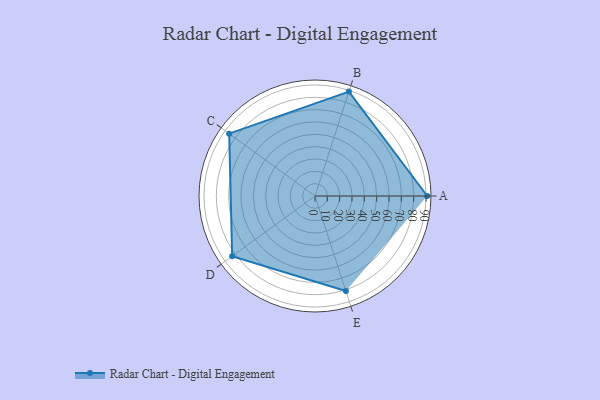
{"axis": {"x": "Skill", "y": "Score"}, "legend": ["Profile"], "data": [{"x": "A", "y": 91.0, "type": "Profile"}, {"x": "B", "y": 89.0, "type": "Profile"}, {"x": "C", "y": 86.0, "type": "Profile"}, {"x": "D", "y": 83.0, "type": "Profile"}, {"x": "E", "y": 81.0, "type": "Profile"}]}